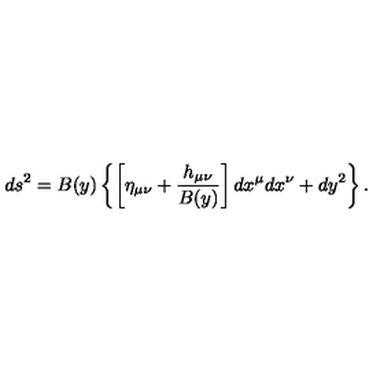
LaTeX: d s ^ { 2 } = B ( y ) \left\{ \left[ \eta _ { \mu \nu } + { \frac { h _ { \mu \nu } } { B ( y ) } } \right] d x ^ { \mu } d x ^ { \nu } + d y ^ { 2 } \right\} .